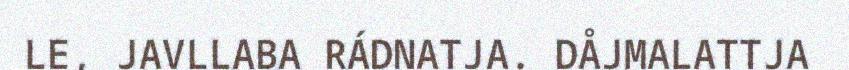
LE, JAVLLABA RÁDNATJA. DÅJMALATTJA